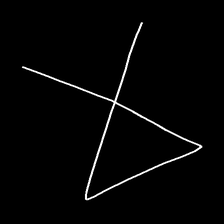
Glyph: collection